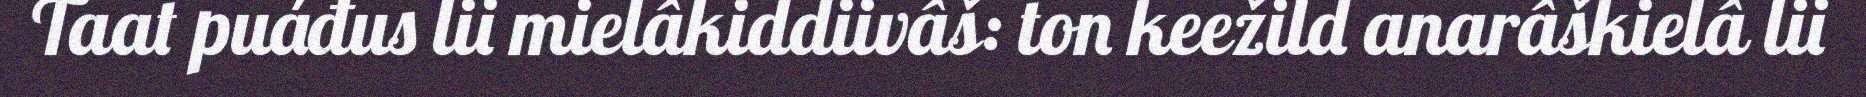
Taat puáđus lii mielâkiddiivâš: ton keežild anarâškielâ lii